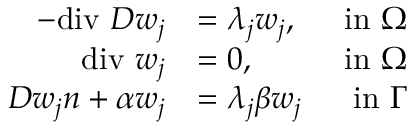
\begin{array} { r l r } { - \mathrm { d i v } \ \boldsymbol { D } \boldsymbol { w } _ { j } } & { = \lambda _ { j } \boldsymbol { w } _ { j } , } & { \mathrm { ~ i n ~ } \Omega } \\ { \mathrm { d i v } \ \boldsymbol { w } _ { j } } & { = 0 , } & { \mathrm { ~ i n ~ } \Omega } \\ { \boldsymbol { D } \boldsymbol { w } _ { j } \boldsymbol { n } + \alpha \boldsymbol { w } _ { j } } & { = \lambda _ { j } \beta \boldsymbol { w } _ { j } } & { \mathrm { ~ i n ~ } \Gamma } \end{array}